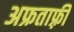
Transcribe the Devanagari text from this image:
अफ्रताफ़्री